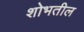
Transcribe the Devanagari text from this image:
शोभतील